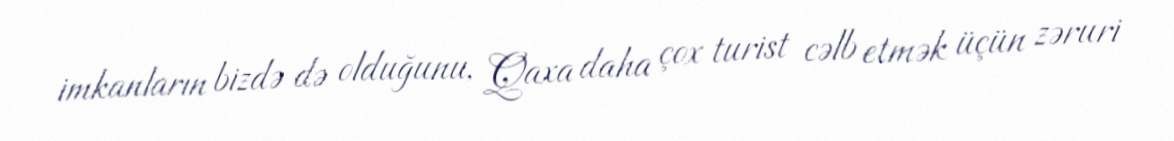
imkanların bizdə də olduğunu, Qaxa daha çox turist cəlb etmək üçün zəruri